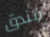
فندق